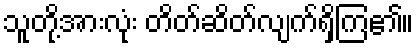
သူတို့အားလုံး တိတ်ဆိတ်လျက်ရှိကြ၏။